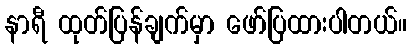
နာရီ ထုတ်ပြန်ချက်မှာ ဖော်ပြထားပါတယ်။